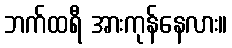
ဘက်ထရီ အားကုန်နေလား။